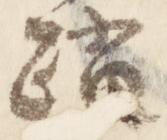
踏